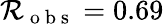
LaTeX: \mathcal{R_{\mathrm{~o~b~s~}}}=0.69